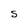
Character: S